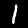
Label: 1